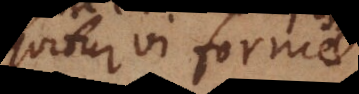
sequitur vi formae.